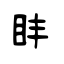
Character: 盽